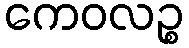
ကေဝလဉ္စ